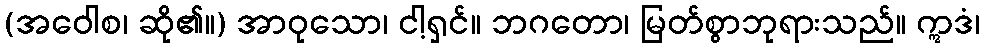
(အဝေါစ၊ ဆို၏။) အာဝုသော၊ ငါ့ရှင်။ ဘဂတော၊ မြတ်စွာဘုရားသည်။ ဣဒံ၊